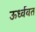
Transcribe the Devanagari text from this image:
ऊर्ध्ववत